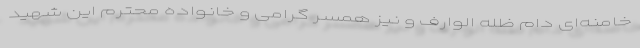
خامنه‌ای دام ظله الوارف و نیز همسر گرامی و خانواده محترم این شهید